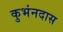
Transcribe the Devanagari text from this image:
कुभंनदास